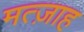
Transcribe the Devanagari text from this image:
मत्ज़ाह